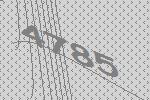
4785